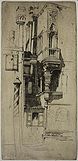
泪弹不尽临窗滴。就砚旋研墨。